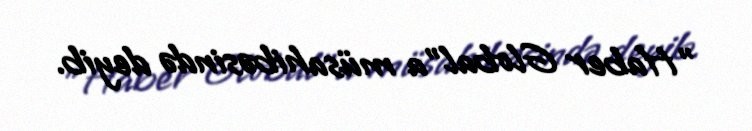
"Haber Global"a müsahibəsində deyib.